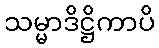
သမ္မာဒိဋ္ဌိကာပိ